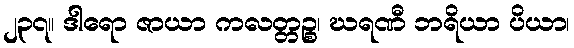
၂၃၇။ ဒါရော ဇာယာ ကလတ္တဉ္စ၊ ဃရဏီ ဘရိယာ ပိယာ၊